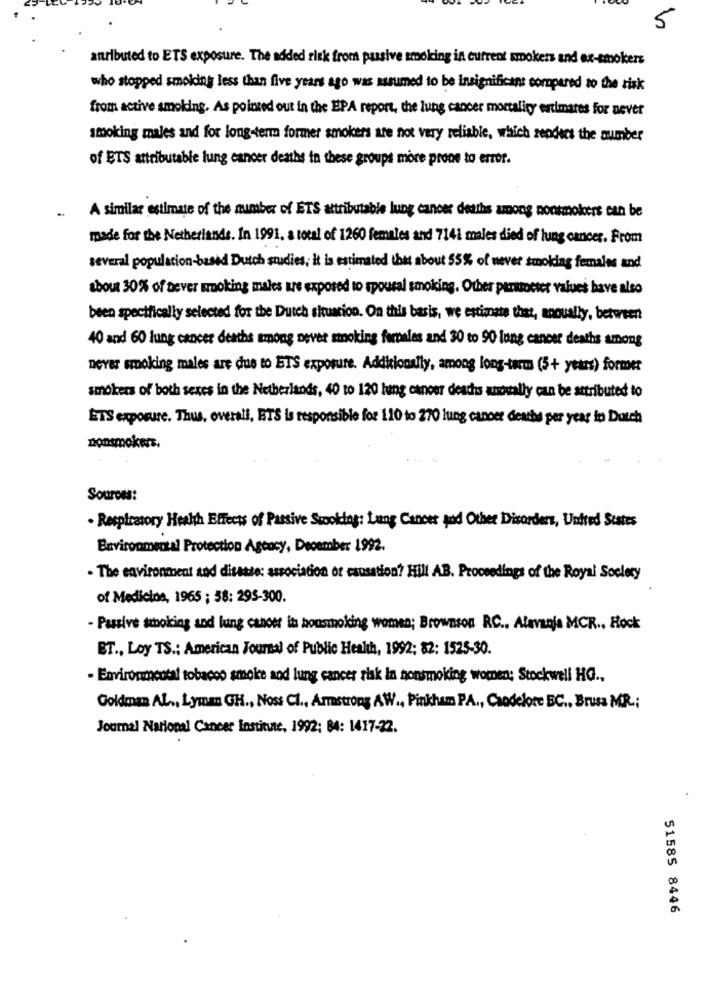
5
atributed to ETS exposure. The added rick from passive smoking in current smokers and ex-smokers
who stopped smoking less than five years ago was assumed to be insignificant compared to the risk
from active smoking. As pointed out in the EPA report, the lung cancer mortality estimates for never
smoking males and for long-term former smokers are not very reliable, which renders the number
of ETS attributable lung cancer deaths in these groups more prone to error.
A similar estimate of the number of ETS attributable lung cancer deaths among nonsmokers can be
made for the Netherlands. In 1991. a total of 1260 females and 7141 males died of lung cancer. From
several population-based Dutch studies, it is estimated that about 55% of never smoking females and
about 30% of bever smoking males are exposed to spousal smoking. Other panumocter values have also
been specifically selected for the Dutch situacion. On this basis, we estimate that, anoually, between
40 and 60 lung cancer deaths among never smoking farbeles and 30 to 90 lung cancer deaths among
never smoking males are due to ETS exposure. Additionally, among long-term (5+ years) former
smokers of both sexes in the Netherlands, 40 to 120 lung cancer deaths anovally can be attributed to
ETS exposure. Thus, overall, ETS is responsible for 110 to 270 lung cancer deaths per year in Dutch
nonsmokers,
Sources:
. Respiratory Health Effects of Passive Scooking: Lung Cancer and Other Disorders, United States
Environmental Protection Agency, December 1992.
. The environment and ditatte: association of causation? Hill AB. Proceedings of the Royal Society
of Medicios, 1965 ; 58: 295-300.
- Passive smoking and lung canon it housmoking women; Brownson RC .. Alavanja MCR ., Rock
ET ., Loy TS .: American Journal of Public Health, 1992; 82: 1525-30.
- Environmental tobacco smoke and lung cancer risk in nonsmoking women; Stockwell HG .,
Goldman AL ., Lyman GH ., Noss Cl ., Armstrong AW ., Pinkham PA ., Caodelore BC ., Brusa MR .;
Journal National Cancer Institute, 1992; 84: 1417-22.
51585 8446